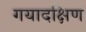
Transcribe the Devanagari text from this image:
गयादक्षिण